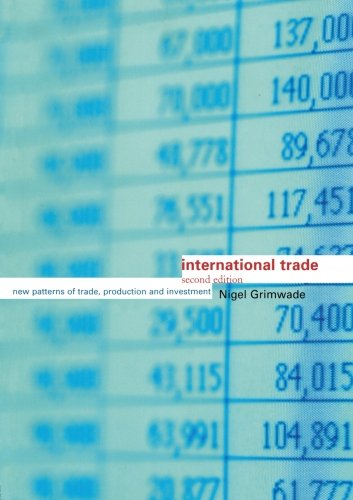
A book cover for International Trade: New Patterns of Trade, Production and Investment; Nigel Grimwade; Business & Money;